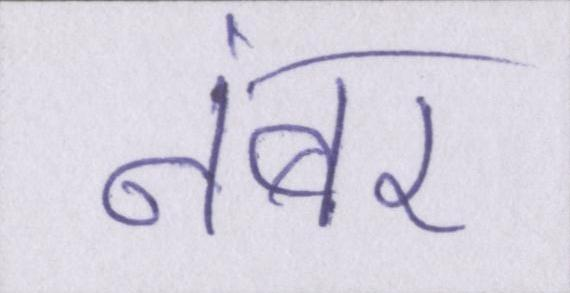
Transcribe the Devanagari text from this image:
नंबर